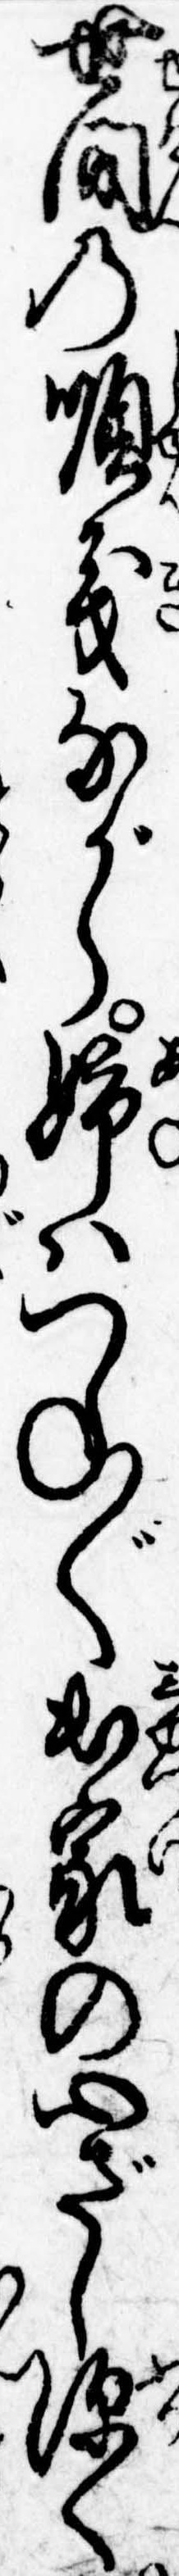
世間の順義ながら姉はつね〲出家の心ざし深く